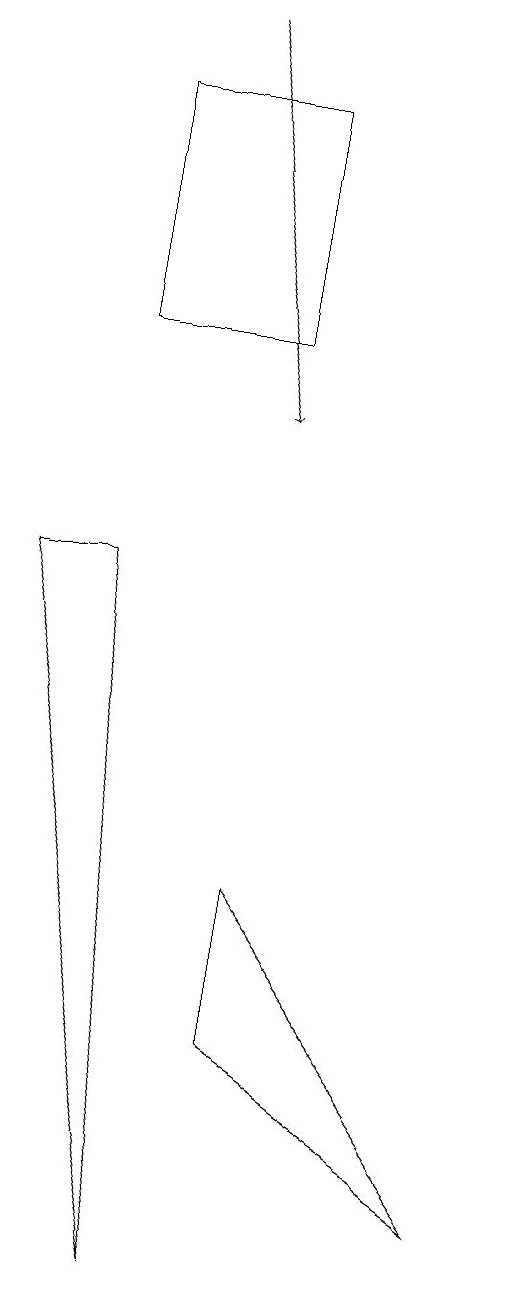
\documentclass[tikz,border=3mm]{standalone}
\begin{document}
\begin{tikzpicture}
\draw (4,3) -- (4,5) -- (7,1) -- cycle;
\draw (1,9) -- (3,0) -- (2,9) -- cycle;
\draw (4,12) rectangle (2,15);
\draw[->] (3,16) -- (4,11);
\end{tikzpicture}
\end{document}